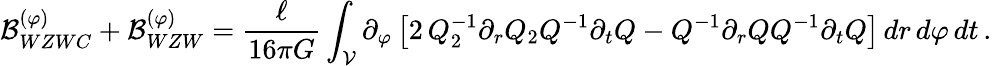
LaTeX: {\cal B}_{WZWC}^{(\varphi)}+{\cal B}_{WZW}^{(\varphi)}=\frac\ell{16\pi G}\int_{\cal V}\partial_{\varphi}\left[2\, Q_{2}^{-1}\partial_{r}Q_{2}Q^{-1}\partial_{t}Q-Q^{-1}\partial_{r}QQ^{-1}\partial_{t}Q\right]\, dr\, d\varphi\, dt\, .